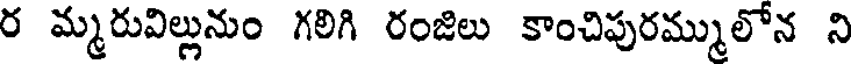
ర మ్మరువిల్లునుం గలిగి రంజిలు కాంచిపురమ్ములోన ని